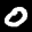
Label: 0